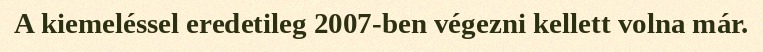
A kiemeléssel eredetileg 2007-ben végezni kellett volna már.